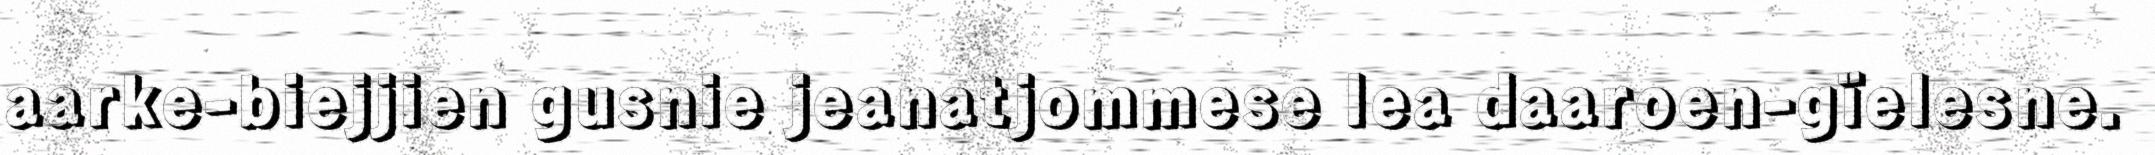
aarke-biejjien gusnie jeanatjommese lea daaroen-gïelesne.